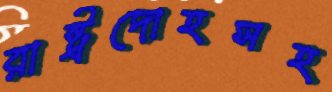
রাষ্ট্রদোহসহ